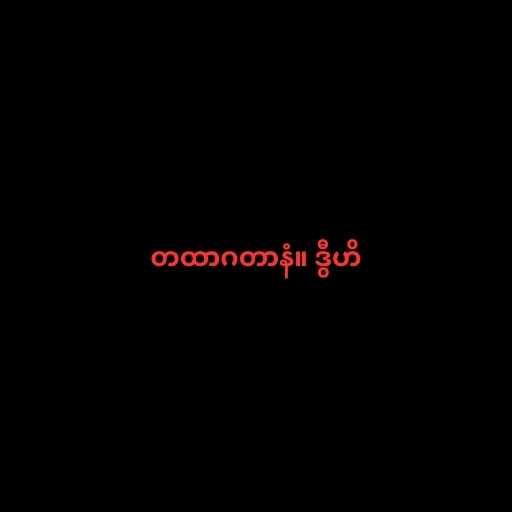
တထာဂတာနံ။ ဒွီဟိ